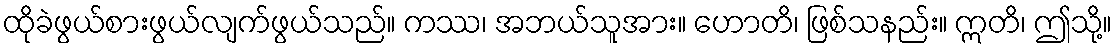
ထိုခဲဖွယ်စားဖွယ်လျက်ဖွယ်သည်။ ကဿ၊ အဘယ်သူအား။ ဟောတိ၊ ဖြစ်သနည်း။ ဣတိ၊ ဤသို့။